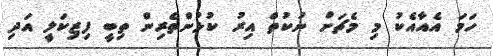
ހަމަ އެއާއެކު މި މެޗަށް ނުކުތް އިރު ކުޅުންތެރިން ތިބީ ފިޒިކަލީ އަދި